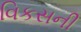
વિકસની